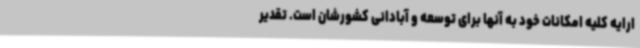
ارایه کلیه امکانات خود به آنها برای توسعه و آبادانی کشورشان است. تقدیر